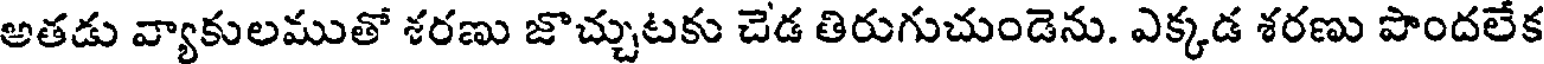
అతడు వ్యాకులముతో శరణు జొచ్చుటకు చెడ తిరుగుచుండెను. ఎక్కడ శరణు పొందలేక